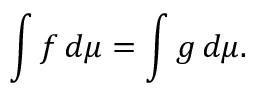
\int f \, d \mu = \int g \, d \mu .